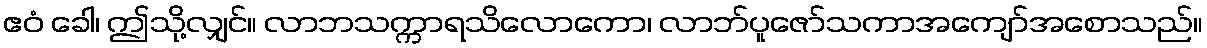
ဧဝံ ခေါ၊ ဤသို့လျှင်။ လာဘသက္ကာရသိလောကော၊ လာဘ်ပူဇော်သကာအကျော်အစောသည်။